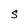
Character: S